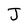
Character: J